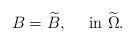
LaTeX: \begin{align*}B=\widetilde{B},\quad\mbox{ in }\widetilde{\Omega}.\end{align*}